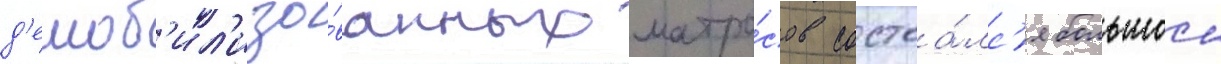
д'емоб'ил'изо́ванных матро́сов состоа́лс'я большои